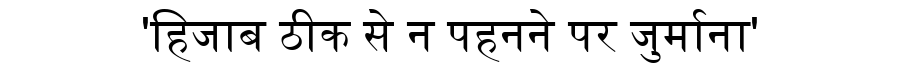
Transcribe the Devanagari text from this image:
'हिजाब ठीक से न पहनने पर जुर्माना'